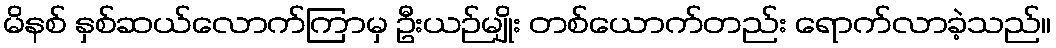
မိနစ် နှစ်ဆယ်လောက်ကြာမှ ဦးယဉ်မျိုး တစ်ယောက်တည်း ရောက်လာခဲ့သည်။